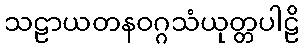
သဠာယတနဝဂ္ဂသံယုတ္တပါဠိ